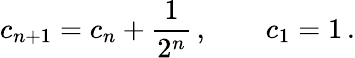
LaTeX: c_{n+1}=c_{n}+\frac{1}{2^{n}}\, ,\qquad c_{1}=1\, .